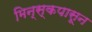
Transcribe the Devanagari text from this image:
मिन्स्कपासून